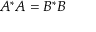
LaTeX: A ^ { * } A = B ^ { * } B